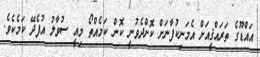
އައްޑޫގެ ތަރައްޤީއަށް އެމަނިކުފާނަށް ކޮށްދެވުނީ ކޮން ކަމެއްތޯ މިއީ ސުވާލު އުފެދޭ ކަމެކެވެ.